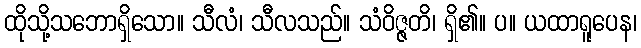
ထိုသို့သဘောရှိသော။ သီလံ၊ သီလသည်။ သံဝိဇ္ဇတိ၊ ရှိ၏။ ပ။ ယထာရူပေန၊